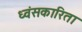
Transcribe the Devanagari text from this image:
ध्वंसकारिता